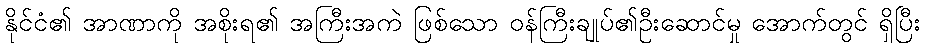
နိုင်ငံ၏ အာဏာကို အစိုးရ၏ အကြီးအကဲ ဖြစ်သော ဝန်ကြီးချုပ်၏ဦးဆောင်မှု အောက်တွင် ရှိပြီး